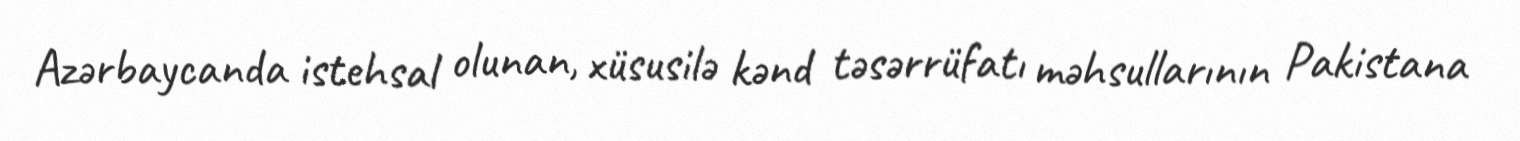
Azərbaycanda istehsal olunan, xüsusilə kənd təsərrüfatı məhsullarının Pakistana